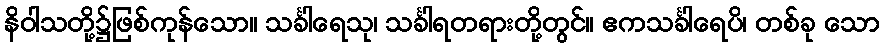
နိဝါသတို့၌ဖြစ်ကုန်သော။ သင်္ခါရေသု၊ သင်္ခါရတရားတို့တွင်။ ဧကသင်္ခါရေပိ၊ တစ်ခု သော